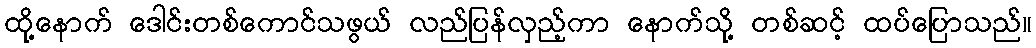
ထို့နောက် ဒေါင်းတစ်ကောင်သဖွယ် လည်ပြန်လှည့်ကာ နောက်သို့ တစ်ဆင့် ထပ်ပြောသည်။